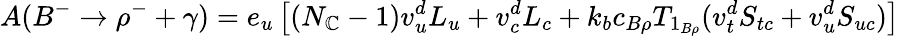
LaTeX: A(B^{-}\to\rho^{-}+\gamma)=e_{u}\left[\left(N_{\mathbb{C}}-1\right)v_{u}^{d}L_{u}+v_{c}^{d}{L_{c}}+k_{b}c_{B\rho}T_{1_{B\rho}}(v_{t}^{d}S_{tc}+v_{u}^{d}S_{uc})\right]